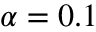
\alpha = 0 . 1